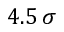
4 . 5 \, \sigma